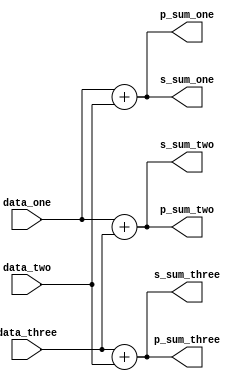
//*******************************FILE HEAD**************************************
//*********************Verilog HDL *********************
// FUNCTION        : initial
// AUTHOR          : 
// DATE & REVISION : 
// COMPANY         : Verilog HDL 
// UPDATE          :
//******************************************************************************
`timescale 1ns/1ns

module seq_execute( 
    input [7 : 0] data_one,
    input [7 : 0] data_two,
    input [7 : 0] data_three,   
    
    output [7 : 0] p_sum_one,
    output [7 : 0] p_sum_two,
    output [7 : 0] p_sum_three,
    
    output reg [7 : 0] s_sum_one,
    output reg [7 : 0] s_sum_two,
    output reg [7 : 0] s_sum_three    
    );    
    
    //
    assign p_sum_one = data_one + data_two;
    assign p_sum_two = data_one + data_three;
    assign p_sum_three = data_three + data_two;
 
    //always   
    always @(data_one, data_two, data_three)
    begin
        s_sum_one = data_one + data_two;
        s_sum_two = data_one + data_three;
        s_sum_three = data_three + data_two;  
    end      
        
endmodule
// END OF seq_execute.v FILE ***************************************************